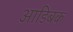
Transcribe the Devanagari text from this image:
आडिबक